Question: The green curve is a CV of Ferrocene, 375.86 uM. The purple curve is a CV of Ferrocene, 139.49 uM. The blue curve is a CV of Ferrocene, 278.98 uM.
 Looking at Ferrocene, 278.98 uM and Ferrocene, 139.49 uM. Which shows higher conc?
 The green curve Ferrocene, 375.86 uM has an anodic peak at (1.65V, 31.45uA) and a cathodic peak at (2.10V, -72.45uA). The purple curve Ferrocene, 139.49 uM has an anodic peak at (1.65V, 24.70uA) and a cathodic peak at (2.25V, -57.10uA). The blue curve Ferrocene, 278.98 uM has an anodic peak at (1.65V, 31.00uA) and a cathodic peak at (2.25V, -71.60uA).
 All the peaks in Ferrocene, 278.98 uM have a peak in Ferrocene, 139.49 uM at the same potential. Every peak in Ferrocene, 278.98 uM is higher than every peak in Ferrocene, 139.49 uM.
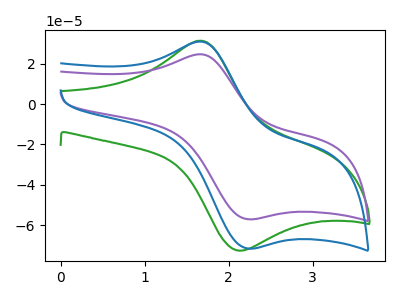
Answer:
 <answer>"Ferrocene, 278.98 uM" has more signal than "Ferrocene, 139.49 uM" and so likely has a higher concentration.</answer>
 <eval>more_concentration</eval>